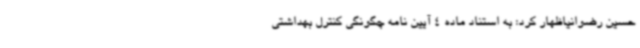
حسین رضوانیاظهار کرد: به استناد ماده 4 آیین نامه چگونگی کنترل بهداشتی